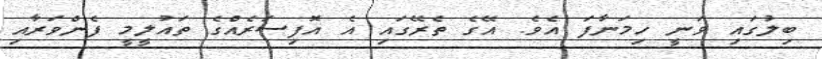
ބިލުގައި ވަނީ ހިމަނާފަ އެވެ. އޭގެ ތެރޭގައި އެ އޮފިސަރެއްގެ ތައުލީމީ ފެންވަރާއި